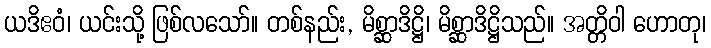
ယဒိဧဝံ၊ ယင်းသို့ ဖြစ်လသော်။ တစ်နည်း, မိစ္ဆာဒိဋ္ဌိ၊ မိစ္ဆာဒိဋ္ဌိသည်။ အတ္တိဝါ ဟောတု၊